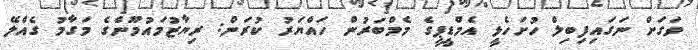
ވަގަށް ނަގައިފިބިލް ހުށަހެޅީ އެމްޑީޕީގެ މެމްބަރުން ހައްޔަރު ކުރަން: ރިޔާޒުމައުމޫންގެ މަގާމު ގެއްލޭ